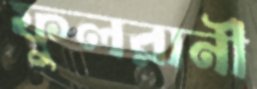
ফুলরানী